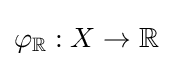
\varphi _{\mathbb {R} }:X\to \mathbb {R}